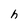
Character: h